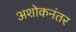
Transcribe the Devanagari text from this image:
अशोकनंतर